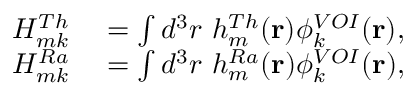
\begin{array} { r l } { H _ { m k } ^ { T h } } & { { } = \int d ^ { 3 } r ~ h _ { m } ^ { T h } ( \mathbf { r } ) \phi _ { k } ^ { V O I } ( \mathbf { r } ) , } \\ { H _ { m k } ^ { R a } } & { { } = \int d ^ { 3 } r ~ h _ { m } ^ { R a } ( \mathbf { r } ) \phi _ { k } ^ { V O I } ( \mathbf { r } ) , } \end{array}